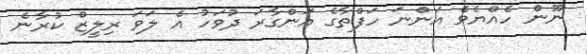
ނޫން ހެއްޔެވެ އަންނަ ހަފްތާގެ އަންގާރަ ދުވަހު އެ ލަވަ ރިލީޒް ކުރާނެ